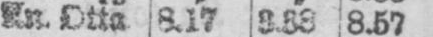
An. Otta 8.17 3.33 8.57